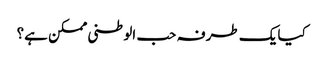
کیا یک طرفہ حب الوطنی ممکن ہے؟